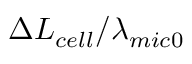
{ \Delta { { L } _ { c e l l } } } / { { { \lambda } _ { m i c 0 } } }